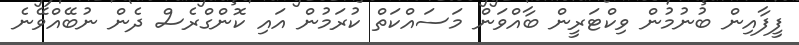
ފީފާއިން ބުނުމުން ވިކްޓަރީން ބާއްވަން މަސައްކަތް ކުރަމުން އައި ކޮންގްރެސް ދެން ނުބޭއްވޭނެ